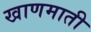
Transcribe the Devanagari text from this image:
खाणमाती